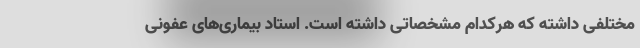
مختلفی داشته که هرکدام مشخصاتی داشته است. استاد بیماری‌های عفونی